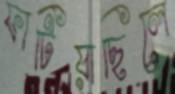
ফাটিয়াছিলে